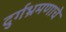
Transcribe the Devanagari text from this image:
दुर्गभ्रमणाचे